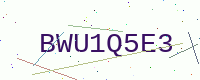
Text: BWU1Q5E3